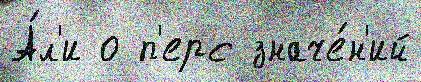
А́л'и о п'ерс значе́н'ий